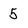
Character: 5